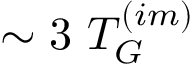
\sim 3 ~ T _ { G } ^ { ( i m ) }